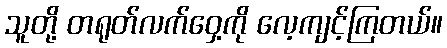
သူတို့ တရုတ်လက်ဝှေ့ကို လေ့ကျင့်ကြတယ်။